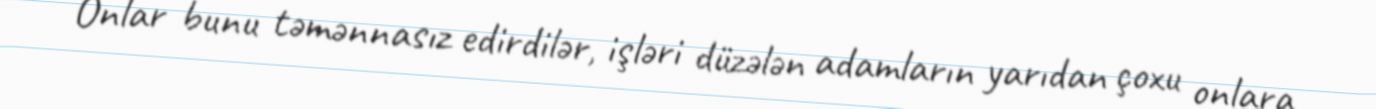
Onlar bunu təmənnasız edirdilər, işləri düzələn adamların yarıdan çoxu onlara